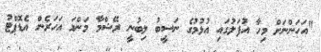
"އަހަންނަށް މިހާ އުފަލުގައި އުޅުމުގެ ނަސީބު ލިބުނީ ރޭޝްމާ މަންމަ އަހަރެން އެޑޮޕްޓު